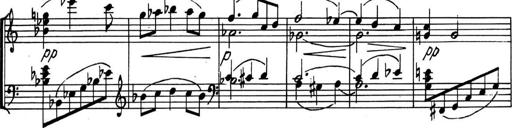
Title: Kleine Sonate
Composer: Raoul Koczalski
Key: C major